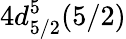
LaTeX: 4d_{5/2}^{5}(5/2)